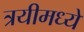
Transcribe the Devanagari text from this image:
त्रयीमध्ये